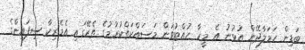
ބަޑިން ހަމަލާދޭން އުޅުނު އެ މީހާ ހުއްޓުވަން މަސައްކަތްކުރުމުގެ ތެރޭގައި އެމެރިކާ ސިފައިންގެ